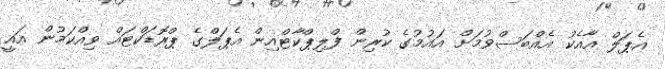
އެޕަލް އާއެކު އެއްބަސްވުމަށް އައުމުގެ ކުރިން ފްލިޕްކާޓްއިން އެޕަލްގެ ޕްރޮޑަކްޓައް ވިއްކަމުން އައީ